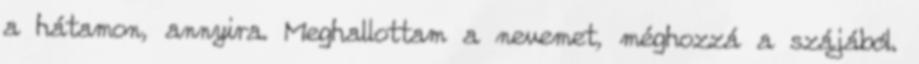
a hátamon, annyira. Meghallottam a nevemet, méghozzá a szájából.